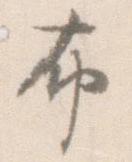
布